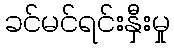
ခင်မင်ရင်းနှီးမှု